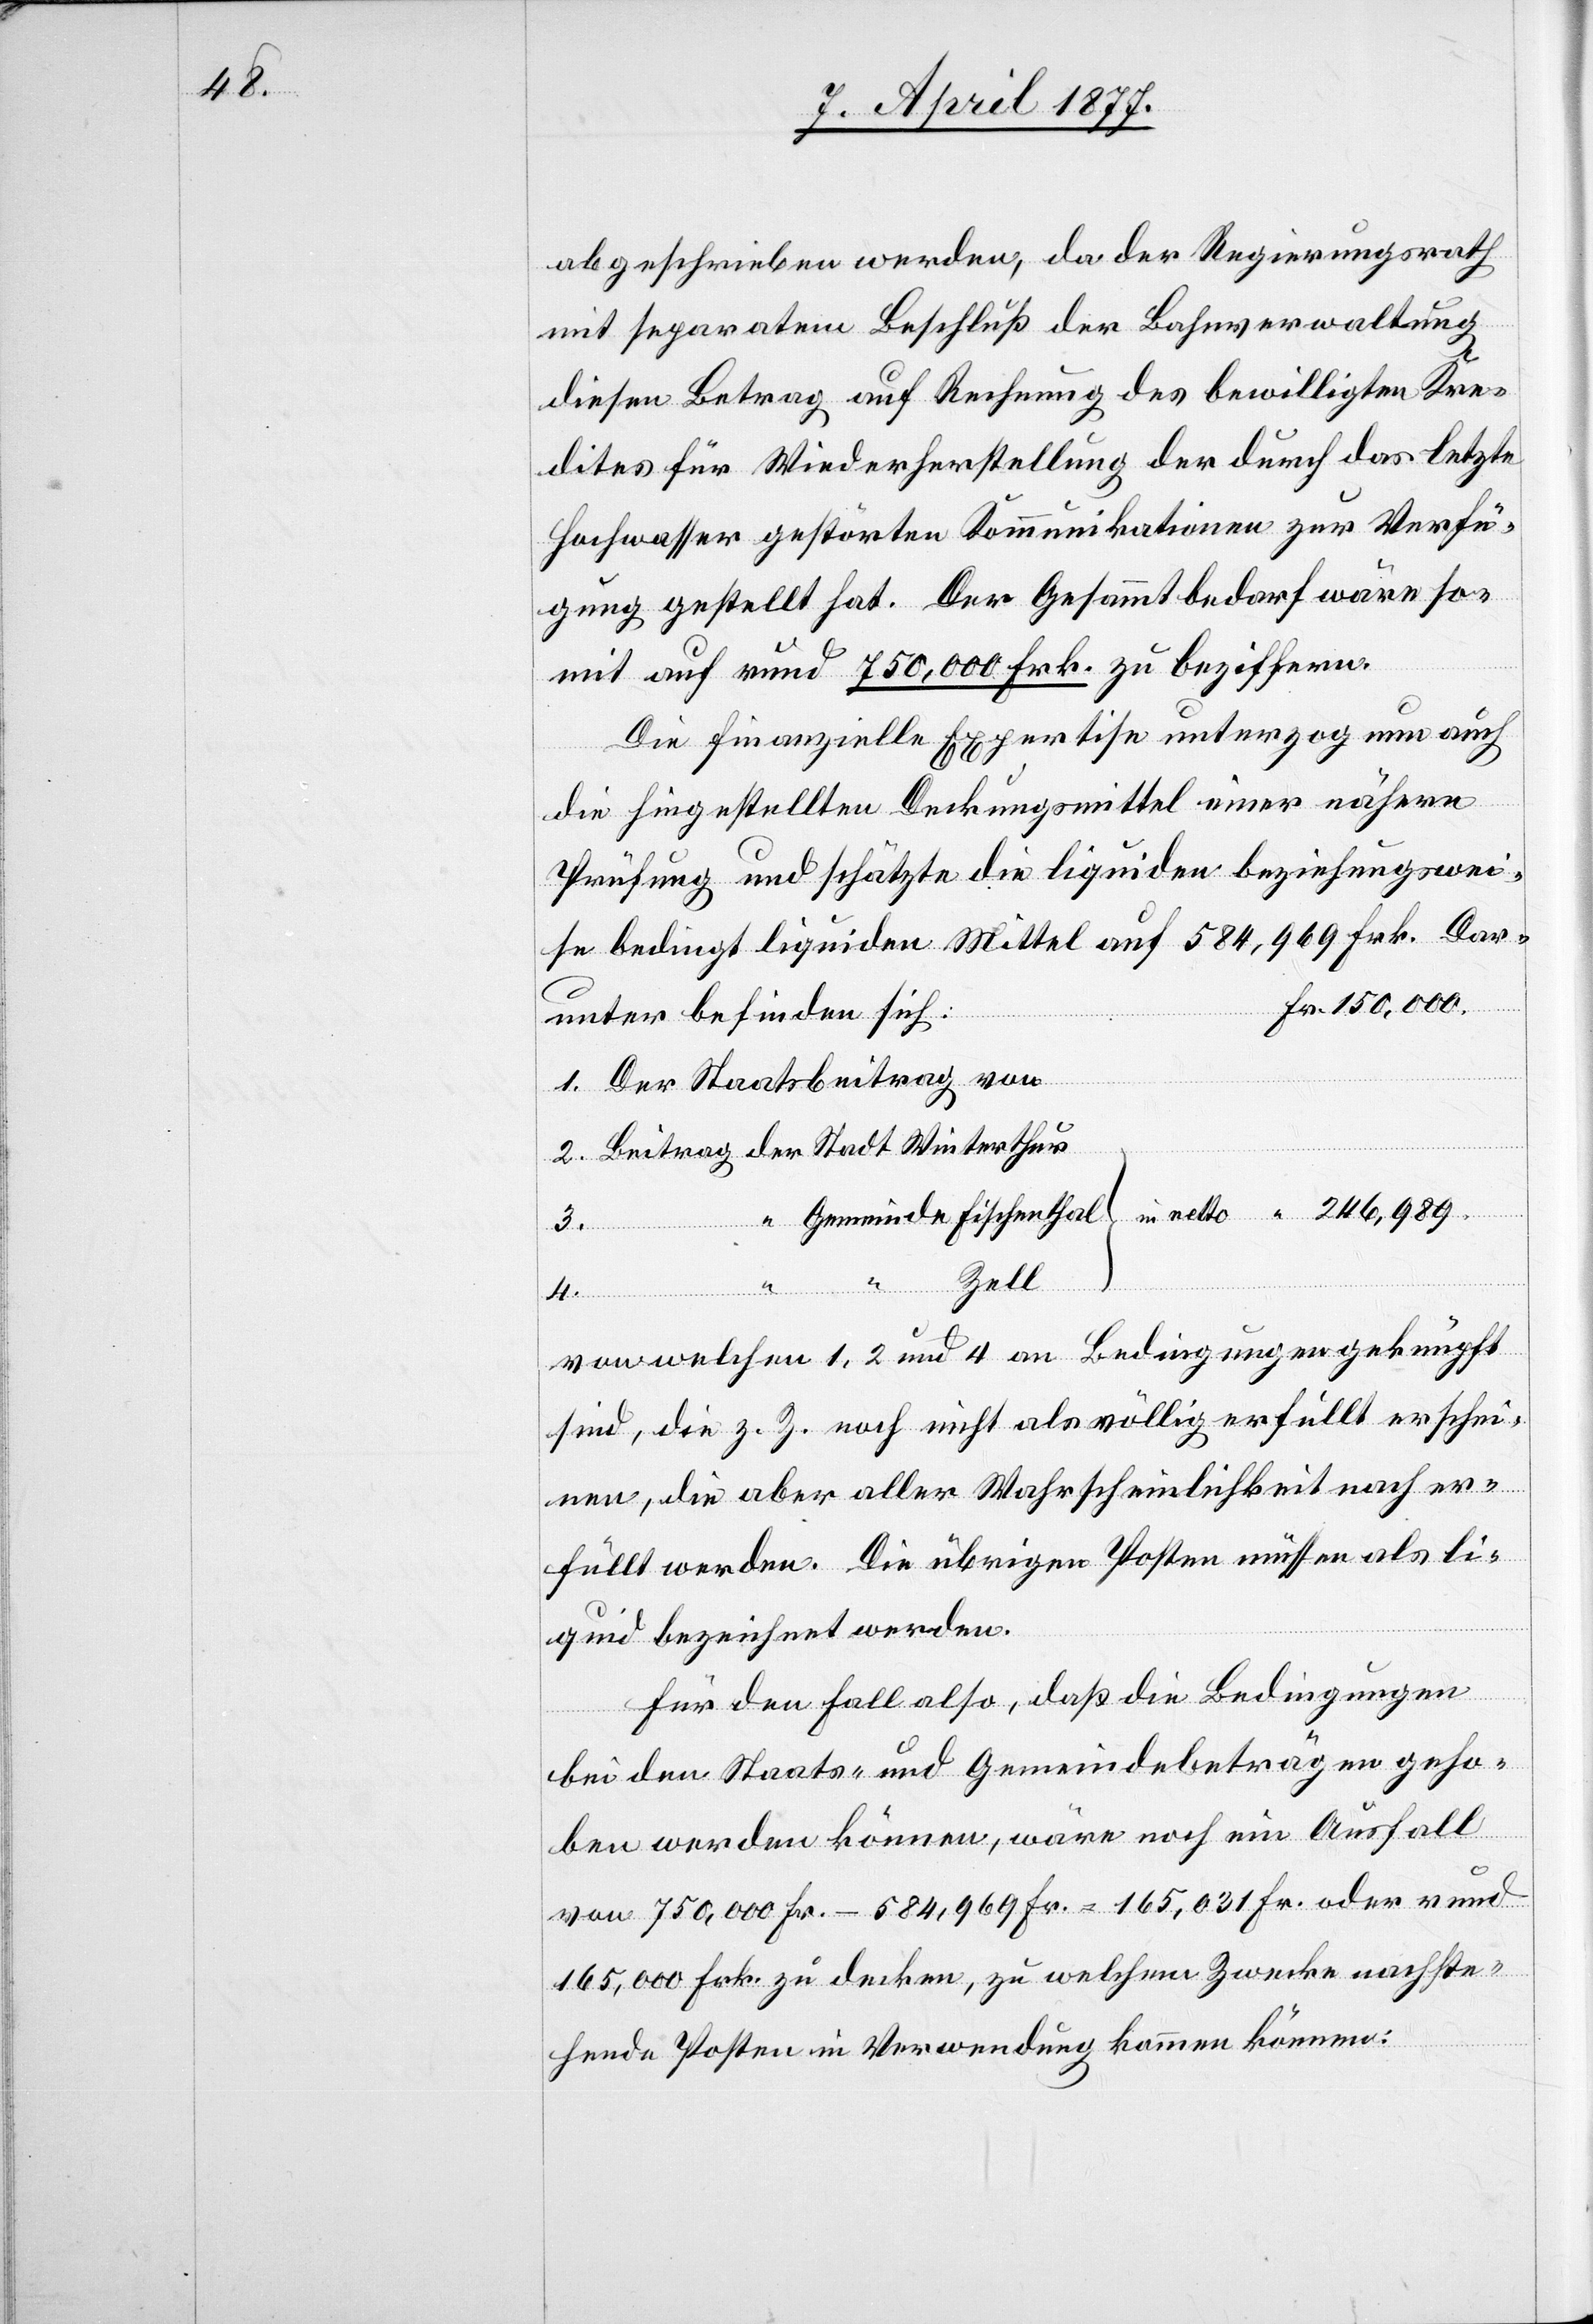
in
abgeschrieben werden, da der Regierungsrath
mit separatem Beschluß der Bahnverwaltung
diesen Betrag auf Rechnung des bewilligten Kre¬
dites für Wiederherstellung der durch das letzte
Hochwasser gestörten Kommunikationen zur Verfü¬
gung gestellt hat. Der Gesammtbedarf wäre so¬
mit auf rund 750,000 Frk. zu beziffern.
Die finanzielle Expertise unterzog nun auch
die hingestellten Deckungsmittel einer nähern
Prüfung und schätzte die liquiden beziehungswei¬
se bedingt liquiden Mittel auf 584,969 Frk. Dar¬
unter befinden sich:
1. Der Staatsbeitrag von
2. Beitrag der Stadt Winterthur
3.
Zell
netto
4.
von welchen 1, 2 und 4 an Bedingungen geknüpft
sind, die z. Z. noch nicht als völlig erfüllt erschei¬
nen, die aber aller Wahrscheinlichkeit nach er¬
füllt werden. Die übrigen Posten müssen als li¬
quid bezeichnet werden.
Fr.
Für den Fall also, daß die Bedingungen
bei den Staats- und Gemeindebeträgen geho¬
ben werden können, wäre noch ein Ausfall
von 750,000 Fr. - 584,969 Fr. = 165,031 Fr. oder rund
165,000 Frk. zu decken, zu welchem Zwecke nachste¬
hende Posten in Verwendung kommen können: